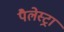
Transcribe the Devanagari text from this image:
पैलेस्ट्रा